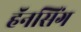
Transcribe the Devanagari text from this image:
हॅनसिंग